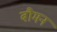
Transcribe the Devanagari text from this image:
बौमन